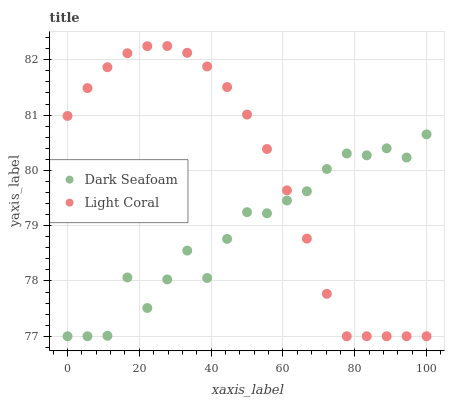
| xaxis_label | Dark Seafoam | Light Coral |
 | --- | --- | --- |
 | 0 | 77 | 81 |
 | 5.56 | 77 | 81.5 |
 | 11.1 | 77 | 81.9 |
 | 16.7 | 78.1 | 82.1 |
 | 22.2 | 77.5 | 82.2 |
 | 27.8 | 78 | 82.2 |
 | 33.3 | 78.5 | 82.1 |
 | 38.9 | 78.1 | 81.9 |
 | 44.4 | 78.8 | 81.5 |
 | 50 | 79.2 | 81 |
 | 55.6 | 79.2 | 80.4 |
 | 61.1 | 79.5 | 79.6 |
 | 66.7 | 79.6 | 78.8 |
 | 72.2 | 80 | 77.8 |
 | 77.8 | 80.3 | 77 |
 | 83.3 | 80.3 | 77 |
 | 88.9 | 80.4 | 77 |
 | 94.4 | 80.2 | 77 |
 | 100 | 80.7 | 77 |